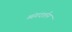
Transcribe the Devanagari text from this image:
व्यंगदर्शन